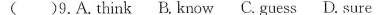
( )9.A.Think B, know C. Guess D. Sure